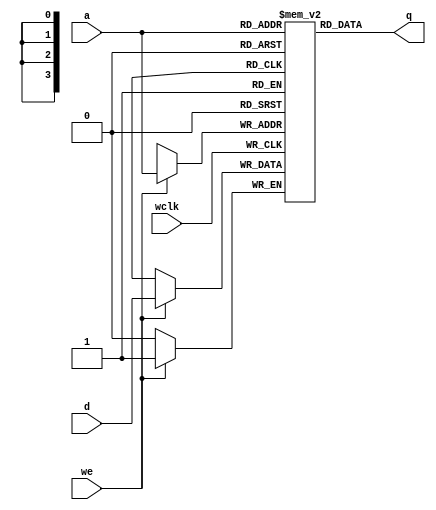
/*
 * Copyright (c) 1999 Stephen Williams (steve@icarus.com)
 *
 *    This source code is free software; you can redistribute it
 *    and/or modify it in source code form under the terms of the GNU
 *    General Public License as published by the Free Software
 *    Foundation; either version 2 of the License, or (at your option)
 *    any later version.
 *
 *    This program is distributed in the hope that it will be useful,
 *    but WITHOUT ANY WARRANTY; without even the implied warranty of
 *    MERCHANTABILITY or FITNESS FOR A PARTICULAR PURPOSE.  See the
 *    GNU General Public License for more details.
 *
 *    You should have received a copy of the GNU General Public License
 *    along with this program; if not, write to the Free Software
 *    Foundation, Inc., 51 Franklin Street, Fifth Floor, Boston, MA 02110-1301, USA.
 */

// This example describes a 16x1 RAM that can be synthesized into
// a CLB ram in a Xilinx FPGA.

module ram16x1 (q, d, a, we, wclk);
   output q;
   input d;
   input [3:0] a;
   input we;
   input wclk;

   reg mem[15:0];

   assign q = mem[a];
   always @(posedge wclk) if (we) mem[a] = d;

endmodule /* ram16x1 */

module main;
   wire q;
   reg d;
   reg [3:0] a;
   reg we, wclk;

   ram16x1 r1 (q, d, a, we, wclk);

   initial begin
      $monitor("q = %b", q);
      d = 0;
      wclk = 0;
      a = 5;
      we = 1;
      #1 wclk = 1;
      #1 wclk = 0;
   end
endmodule /* main */